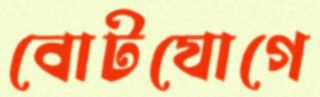
বোটযোগে